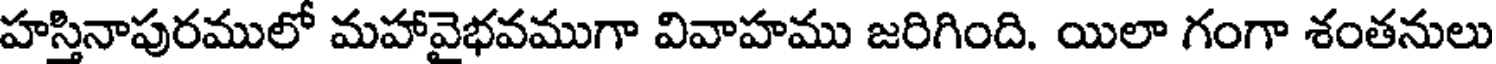
హస్తినాపురములో మహావైభవముగా వివాహము జరిగింది. యిలా గంగా శంతనులు